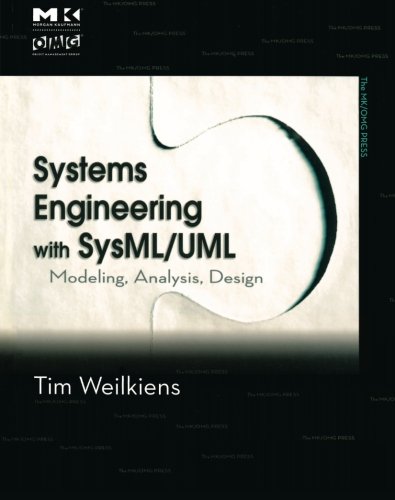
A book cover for Systems Engineering with SysML/UML: Modeling, Analysis, Design (The MK/OMG Press); Tim Weilkiens; Engineering & Transportation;